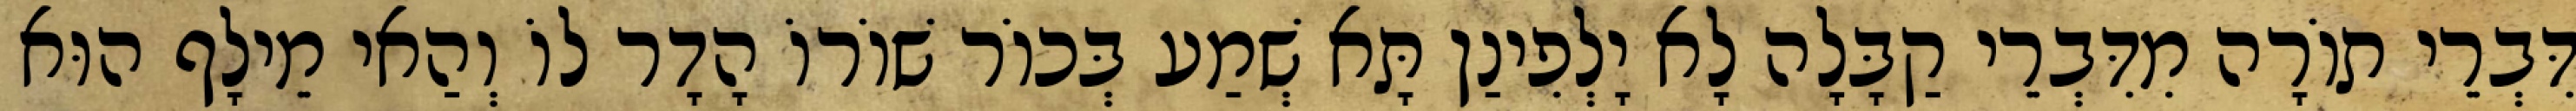
דִּבְרֵי תוֹרָה מִדִּבְרֵי קַבָּלָה לָא יָלְפִינַן תָּא שְׁמַע בְּכוֹר שׁוֹרוֹ הָדָר לוֹ וְהַאי מֵילָף הוּא